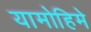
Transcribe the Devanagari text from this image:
यामोहिमे